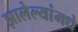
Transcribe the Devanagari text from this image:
झालेल्यांमधे